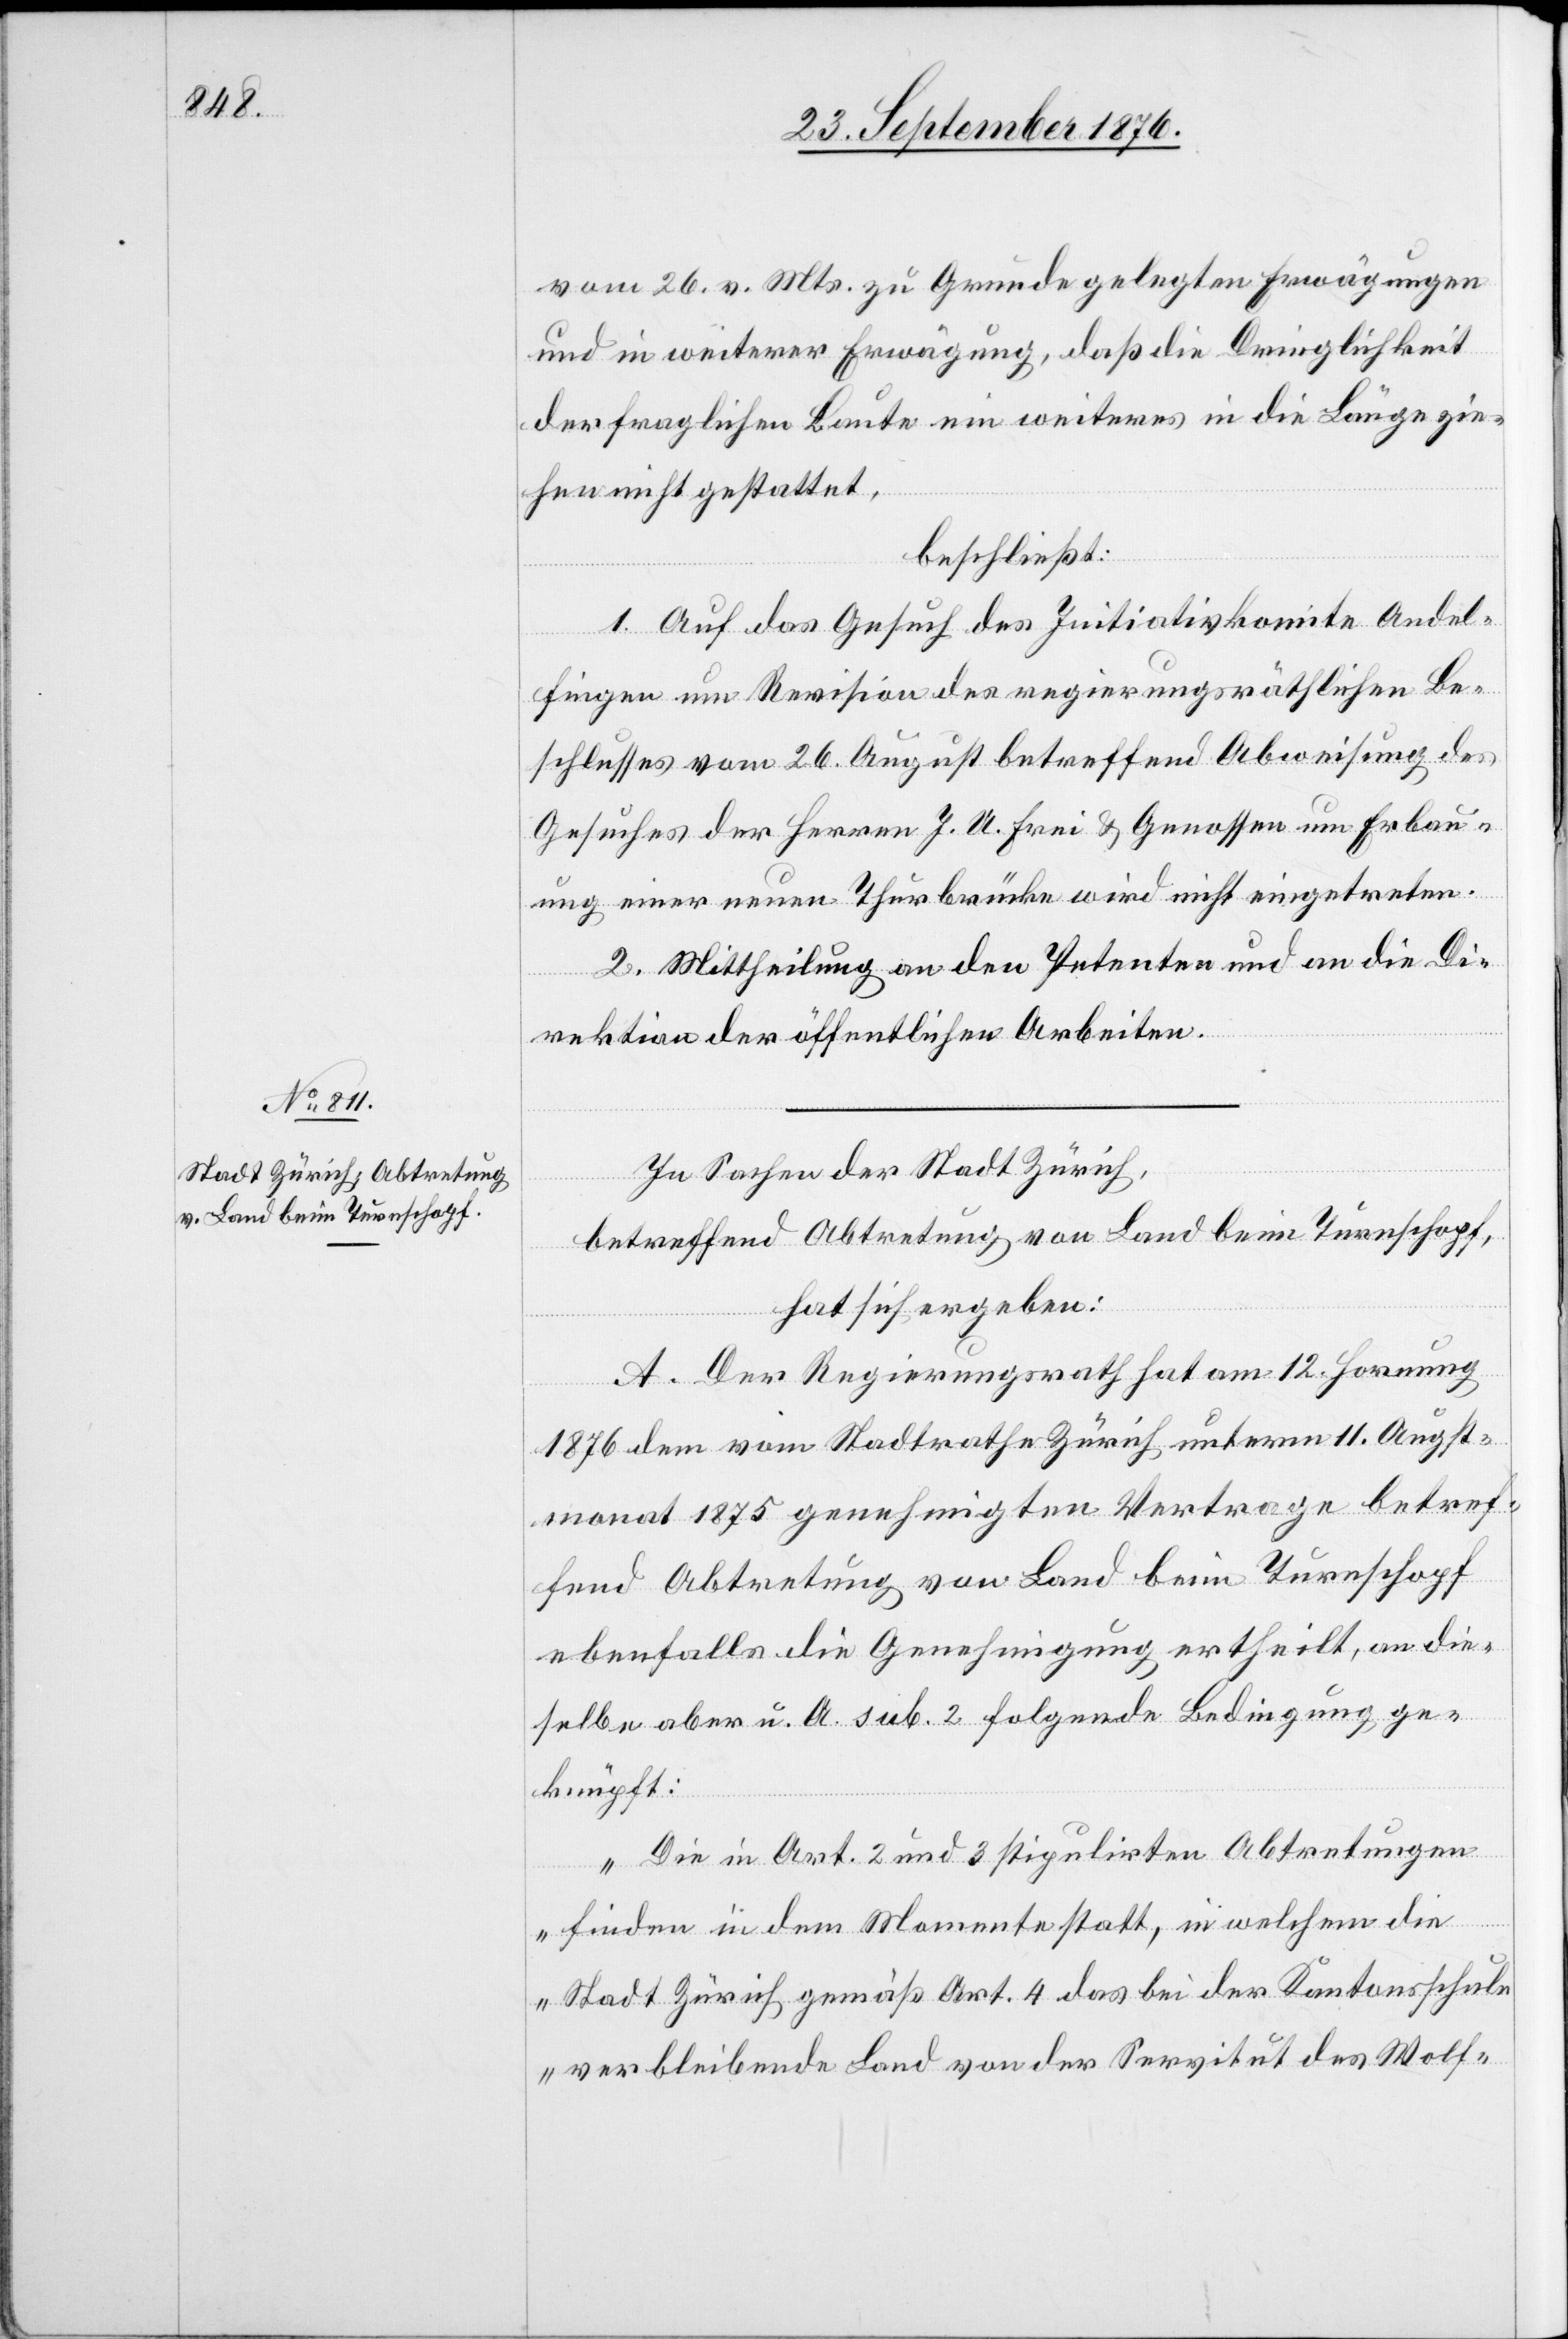
vom 26. vor. Mts. zu Grunde gelegten Erwägungen
und in weiterer Erwägung, das die Dringlichkeit
der fraglichen Baute eine weiteres in die Länge zie¬
hen nicht gestattet,
beschließt:
1. Auf das Gesuch des Initiativkomite Andel¬
fingen um Revision des regierungsräthlichen Be¬
schlusses vom 26. August betreffend Abweisung des
Gesuches der Herren J. A. Frei & Genossen um Erbau¬
ung einer neuen Thurbrücke wird nicht eingetreten.
2. Mittheilung an den Petenten und an die Di¬
rektion der öffentlichen Arbeiten.
In Sachen der Stadt Zürich,
betreffend Abtretung von Land beim Turnschopf,
hat sich ergeben:
A. Der Regierungsrath hat am 12. Hornung
1876 dem vom Stadtrathe Zürich unterm 11. Augst¬
monat 1875 genehmigten Vertrage betref¬
fend Abtretung von Land beim Turnschopf
ebenfalls die Genehmigung ertheilt, an die¬
selbe aber u. A. sub. 2 folgende Bedingung ge¬
knüpft:
„Die in Art. 2 und 3 stipulirten Abtretungen
finden in dem Momente statt, in welchem die
Stadt Zürich gemäß Art. 4 das bei der Kantonsschule
verbleibende Land von der Servitut des Wolf-